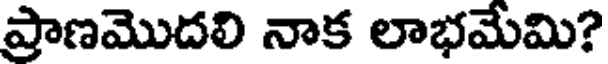
ప్రాణమొదలి నాక లాభమేమి?